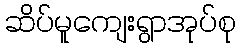
ဆိပ်မူကျေးရွာအုပ်စု